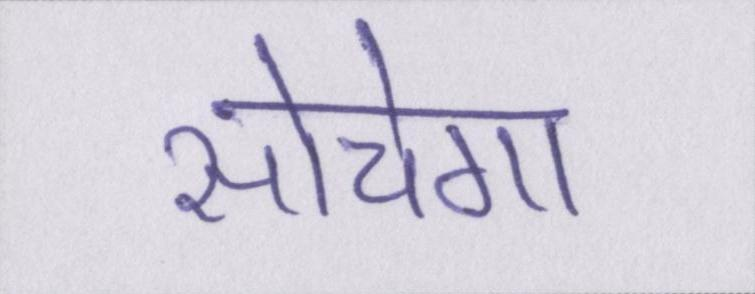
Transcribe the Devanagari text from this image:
सोचेगा